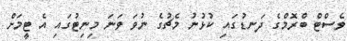
ވެސްޓް ބްރޮމްގެ ދަނޑުގައި ކުޅުނު މެޗުގެ ނުވަ ވަނަ މިނިޓުގައި އެ ޓީމަށް